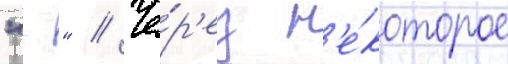
"-" // Че́р'ез н'е́которое